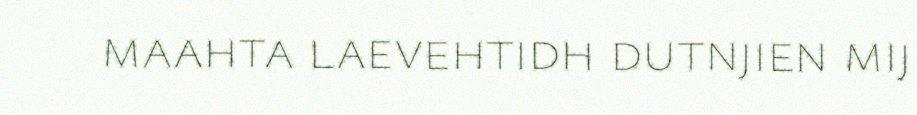
maahta laevehtidh dutnjien mij